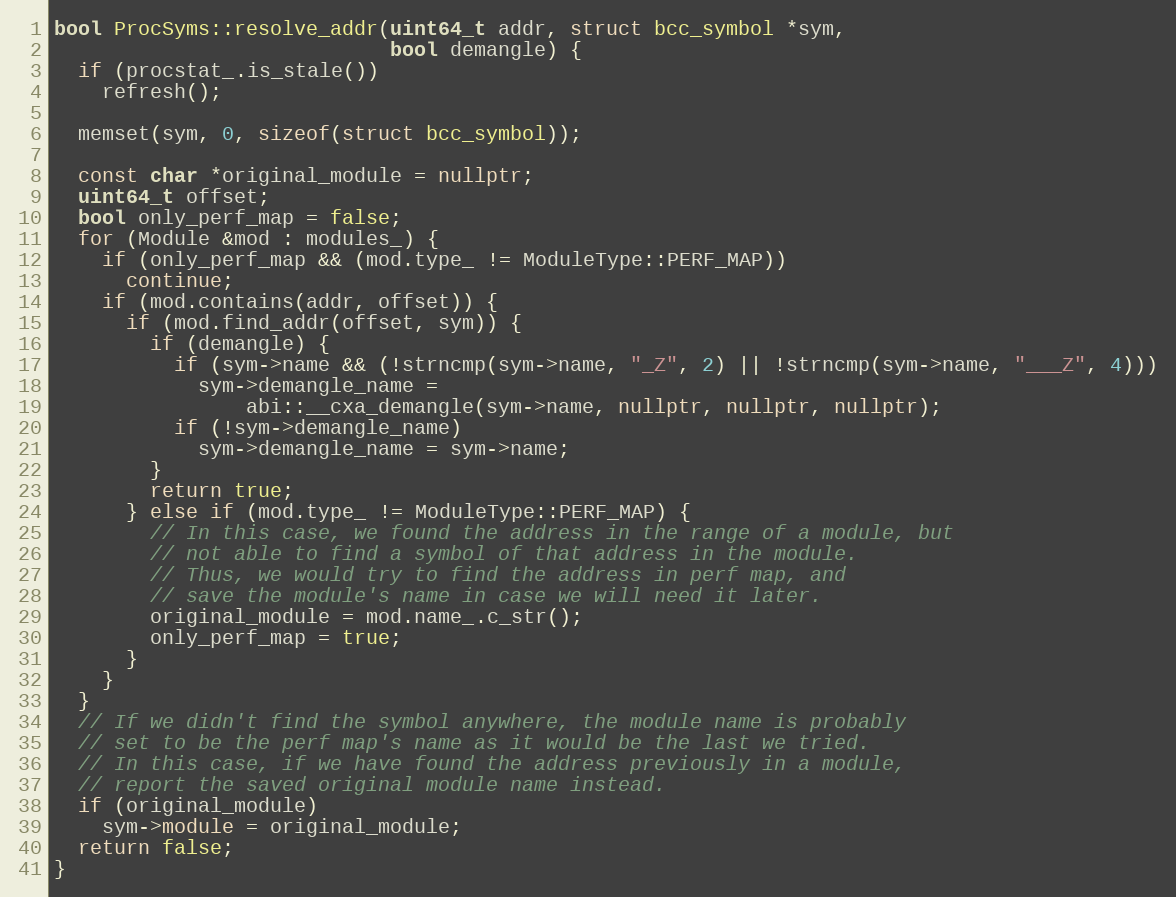
Language: C++
bool ProcSyms::resolve_addr(uint64_t addr, struct bcc_symbol *sym,
                            bool demangle) {
  if (procstat_.is_stale())
    refresh();

  memset(sym, 0, sizeof(struct bcc_symbol));

  const char *original_module = nullptr;
  uint64_t offset;
  bool only_perf_map = false;
  for (Module &mod : modules_) {
    if (only_perf_map && (mod.type_ != ModuleType::PERF_MAP))
      continue;
    if (mod.contains(addr, offset)) {
      if (mod.find_addr(offset, sym)) {
        if (demangle) {
          if (sym->name && (!strncmp(sym->name, "_Z", 2) || !strncmp(sym->name, "___Z", 4)))
            sym->demangle_name =
                abi::__cxa_demangle(sym->name, nullptr, nullptr, nullptr);
          if (!sym->demangle_name)
            sym->demangle_name = sym->name;
        }
        return true;
      } else if (mod.type_ != ModuleType::PERF_MAP) {
        // In this case, we found the address in the range of a module, but
        // not able to find a symbol of that address in the module.
        // Thus, we would try to find the address in perf map, and
        // save the module's name in case we will need it later.
        original_module = mod.name_.c_str();
        only_perf_map = true;
      }
    }
  }
  // If we didn't find the symbol anywhere, the module name is probably
  // set to be the perf map's name as it would be the last we tried.
  // In this case, if we have found the address previously in a module,
  // report the saved original module name instead.
  if (original_module)
    sym->module = original_module;
  return false;
}